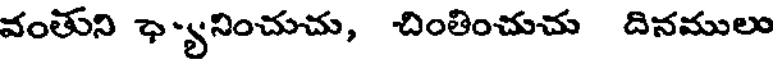
వంతుని ఛ్యనించుచు, చింతించుచు దినములు